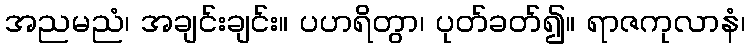
အညမညံ၊ အချင်းချင်း။ ပဟရိတွာ၊ ပုတ်ခတ်၍။ ရာဇကုလာနံ၊